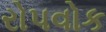
રોપવોક